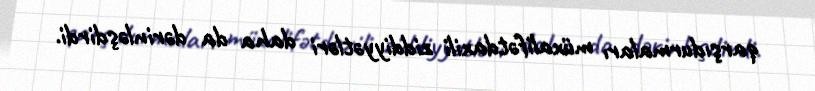
qarşıdurmaları müxalifətdaxili ziddiyyətləri daha da dərinləşdirdi.